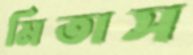
মিতাস